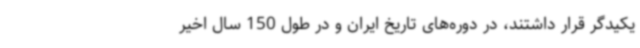
یکیدگر قرار داشتند، در دوره‌های تاریخ ایران و در طول 150 سال اخیر